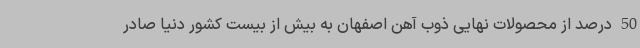
50 درصد از محصولات نهایی ذوب آهن اصفهان به بیش از بیست کشور دنیا صادر